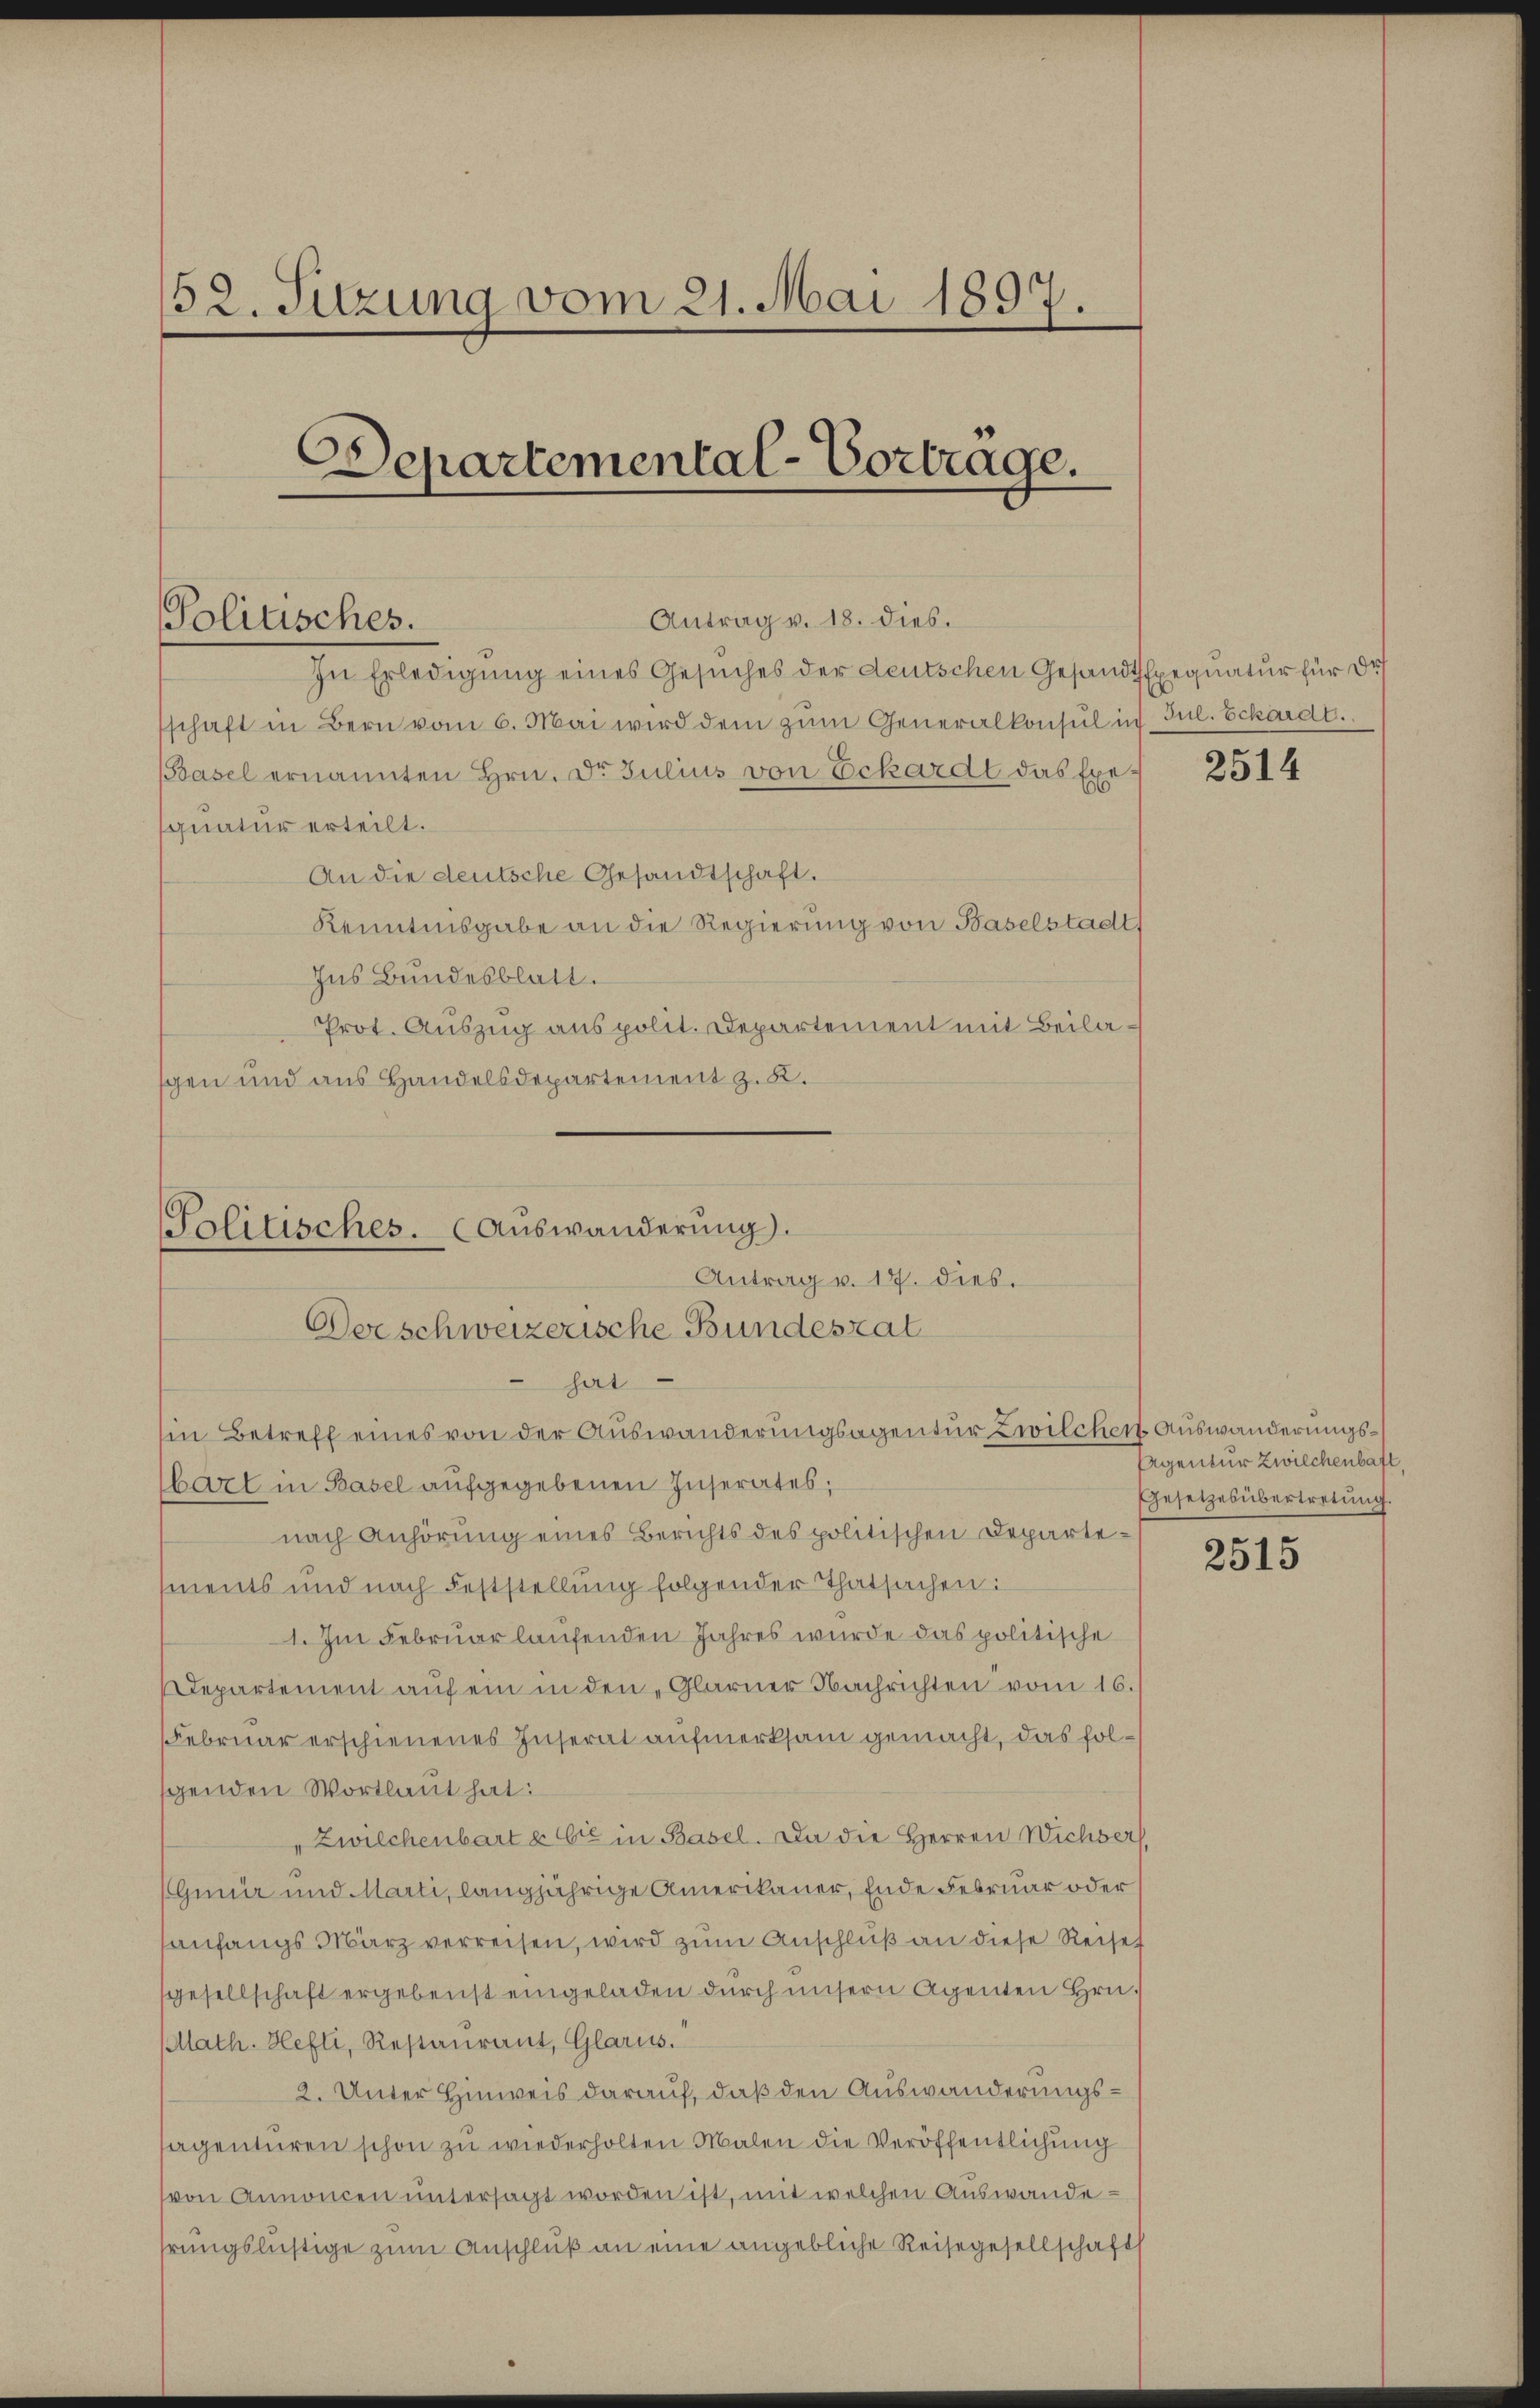
52. Sitzung vom 21. Mai 1897.
Departemental-Vortrage.

Politisches.

Antrag v. 18. dies.
In Erledigung eines Gesuches der deutschen GesandtsExequatur für de
schaft in Bern vom 6. Mai wird dem zum Generalkonsul in Jul. Schardt.
Basel ernannten Hrn. Dr. Julius von Eckardt das Exequatur erteilt.
An die deutsche Gesandtschaft.
Kenntnisgabe an die Regierung von Baselstadt
Ins Bundesblatt.
Prot. Auszug aus polit. Departement mit Beilagen und aus Handelsdepartement z. B.

bart in Basel aufgegebenen Inserates;
nach Anhörung eines Berichts des politischen Departements und nach Feststellung folgender Thatsachen:
1. Im Februar laufenden Jahres wurde das politische
Departement auf ein in den „Glarner Nachrichten vom 16.
Februar erschienenes Inserat aufmerksam gemacht, das folgenden Wortlaut hat:
" Zwilchenbart & Cie in Basel. Da die Herren Wichser
Gunir und Marti, langjährige Amerikaner, Ende Februar oder
sanfangs März verreisen, wird zum Anschluß an diese Reiset
sgesellschaft ergebenst eingeladen durch unsern Agenten Hrn.
Math. Hefti, Restaurant, Glarus.
2. Unter Hinweis darauf, daß den Auswanderungssagenturen schon zu wiederholten Malen die Veröffentlichung
von Annoncen untersagt worden ist, mit welchen Auswande-
hrungslustige zum Anschluß an eine angebliche Reisegesellschaft

Politisches. (Auswanderung).
Antrag v. 17. dies.
Dorschweizerische Bundesrat
hat
Ein Betreff eines von der Auswanderungsagentur Zwilcher Auswanderungs¬

2514

Agentur Zwilchenhaft,
Gesetzesübertretung.

2515